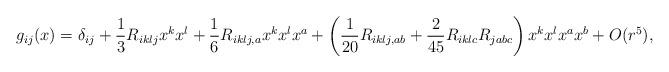
LaTeX: \begin{align*}g_{ij}(x)=\delta_{ij}+\frac{1}{3}R_{iklj}x^kx^l + \frac{1}{6}R_{iklj,a}x^kx^lx^a+\left(\frac{1}{20}R_{iklj,ab} + \frac{2}{45}R_{iklc}R_{jabc} \right)x^kx^lx^ax^b + O(r^{5}),\end{align*}